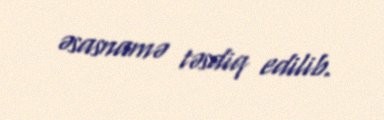
əsasnamə təsdiq edilib.